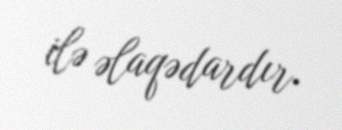
ilə əlaqədardır.